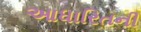
આધારિતની